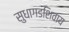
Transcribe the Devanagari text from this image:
सुधागडशिवाय